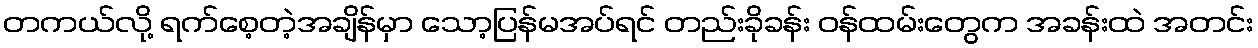
တကယ်လို့ ရက်စေ့တဲ့အချိန်မှာ သော့ပြန်မအပ်ရင် တည်းခိုခန်း ဝန်ထမ်းတွေက အခန်းထဲ အတင်း